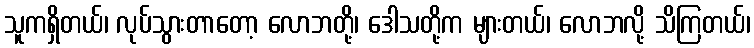
သူကရှိတယ်၊ လုပ်သွားတာတော့ လောဘတို့၊ ဒေါသတို့က များတယ်၊ လောဘလို့ သိကြတယ်၊